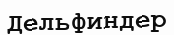
Дельфиндер